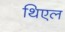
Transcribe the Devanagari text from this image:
थिएल